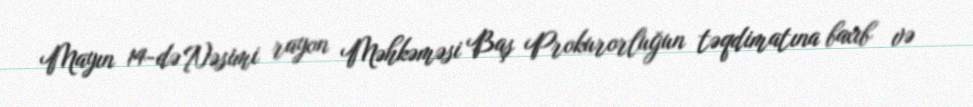
Mayın 14-də Nəsimi rayon Məhkəməsi Baş Prokurorluğun təqdimatına baxıb və